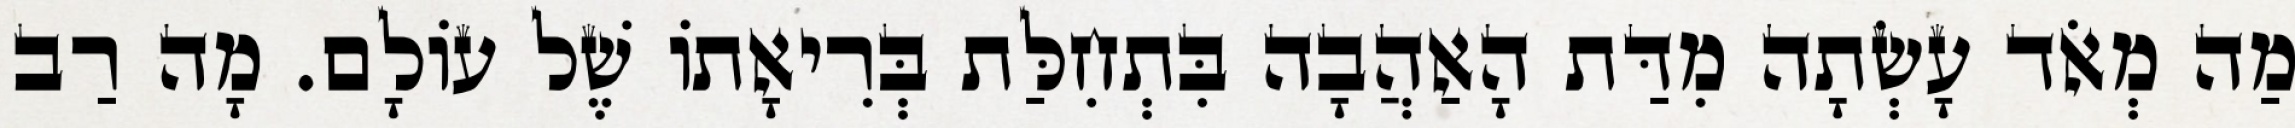
מַה מְאֹד עָשְׂתָה מִדַּת הָאַהֲבָה בִּתְחִלַּת בְּרִיאָתוֹ שֶׁל עוֹלָם. מָה רַב